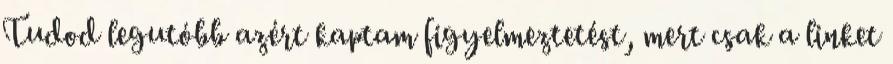
Tudod legutóbb azért kaptam figyelmeztetést, mert csak a linket